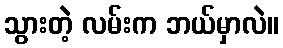
သွားတဲ့ လမ်းက ဘယ်မှာလဲ။